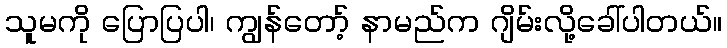
သူမကို ပြောပြပါ၊ ကျွန်တော့် နာမည်က ဂျိမ်းလို့ခေါ်ပါတယ်။